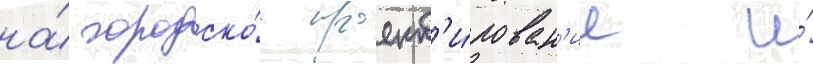
на́ городско́е проект'и́рован'ие и́